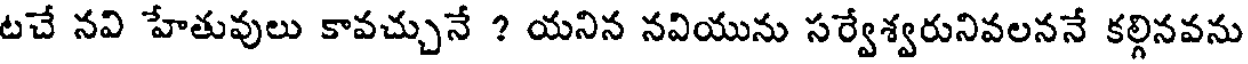
టచే నవి హేతువులు కావచ్చునే ? యనిన నవియును సర్వేశ్వరునివలననే కల్గినవను